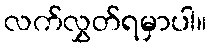
လက်လွှတ်ရမှာပါ။